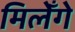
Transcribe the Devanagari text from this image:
मिलेँगे